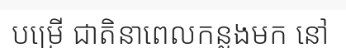
បម្រើ ជាតិនាពេលកន្លងមក នៅ